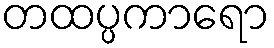
တထပ္ပကာရော